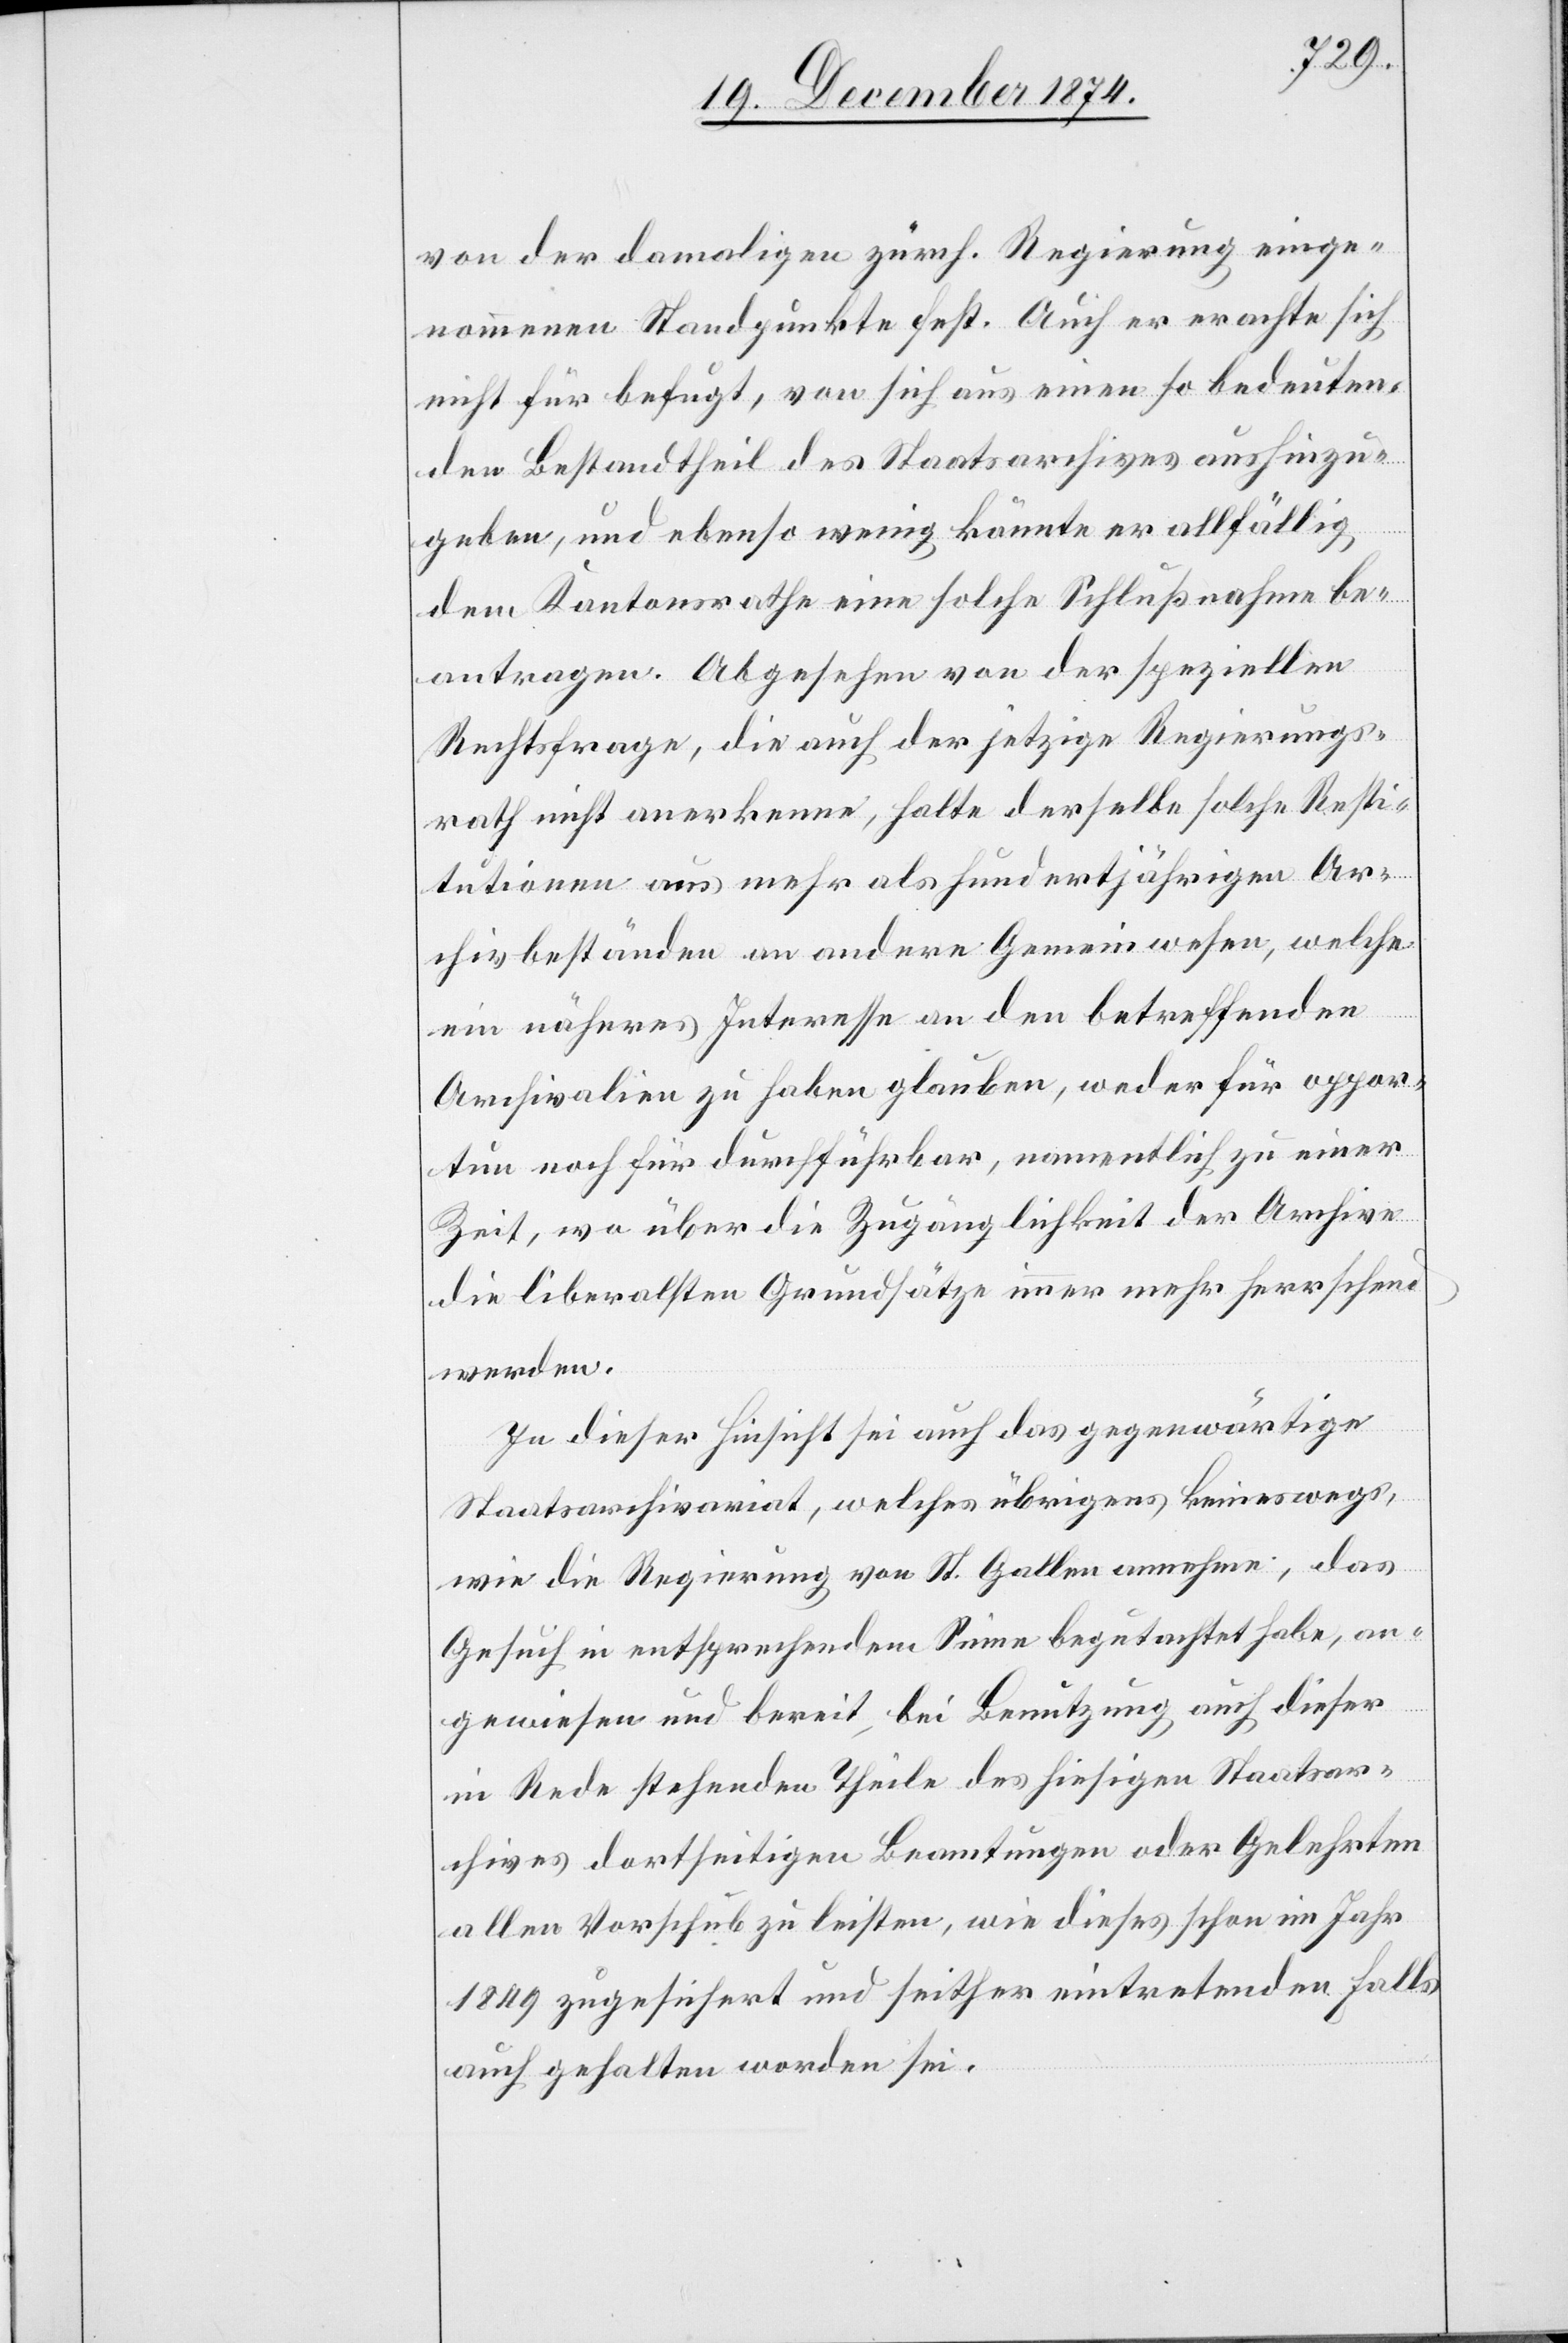
von der damaligen zürch. Regierung einge¬
nommenen Standpunkte fest. Auch er erachte sich
nicht für befugt, von sich aus einen so bedeuten¬
den Bestandtheil des Staatsarchives aushinzu¬
geben, und ebenso wenig könnte er allfällig
dem Kantonsrathe eine solche Schlußnahme be¬
antragen. Abgesehen von der speziellen
Rechtsfrage, die auch der jetzige Regierungs¬
rath nicht anerkenne, halte derselbe solche Resti¬
tutionen aus mehr als hundertjährigen Ar¬
chivständen an andere Gemeinwesen, welche
ein näheres Interesse an den betreffenden
Archivalien zu haben glauben, weder für oppor¬
tun noch für durchführbar, namentlich zu einer
Zeit, wo über die Zugänglichkeit der Archive
die liberalsten Grundsätze immer mehr herrschen
werden.
In dieser Hinsicht sei auch das gegenwärtige
Staatsarchivariat, welches übrigens keineswegs,
wie die Regierung von St. Gallen annehme, das
Gesuch in entsprechendem Sinne begutachtet habe, an¬
gewiesen und bereit, bei Benutzung auch dieser
in Rede stehenden Theile des hiesigen Staatsar¬
chives dortseitigen Beamtungen oder Gelehrten
allen Vorschub zu leisten, wie dieses schon im Jahr
1849 zugesichert und seither eintretenden Falls
auch gehalten worden sei.